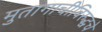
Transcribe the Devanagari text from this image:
मुतागाचीविरुद्धचे